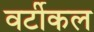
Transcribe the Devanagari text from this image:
वर्टीकल